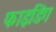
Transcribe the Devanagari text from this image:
फाइडिंग